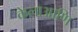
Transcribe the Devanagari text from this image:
केलाआणि